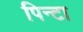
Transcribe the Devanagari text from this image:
पिन्टा